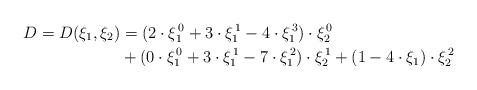
LaTeX: \begin{align*}D = D(\xi_1,\xi_2) & = (2\cdot\xi_1^{\,0}+3\cdot \xi_1^{\,1}- 4\cdot\xi_1^{\,3})\cdot\xi_2^{\,0} \\ & +(0\cdot\xi_1^{\,0}+3\cdot\xi_1^{\,1}-7\cdot\xi_1^{\,2})\cdot\xi_2^{\,1} + (1-4\cdot\xi_1)\cdot\xi_2^{\,2}\end{align*}